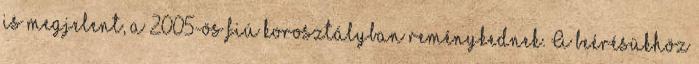
is megjelent, a 2005-ös fiú korosztályban reménykednek. A beérésükhöz